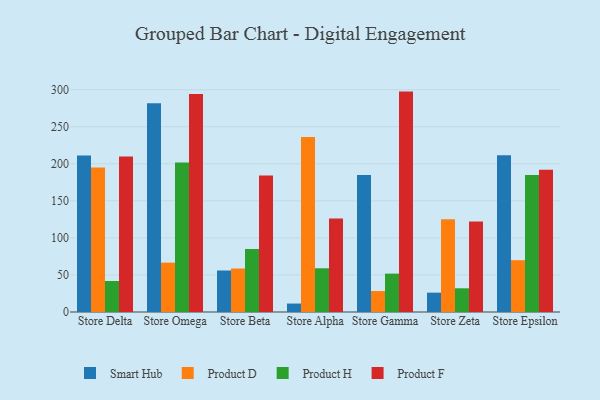
{"axis": {"x": "Store", "y": "Headcount"}, "legend": ["Product D", "Product F", "Product H", "Smart Hub"], "data": [{"x": "Store Delta", "y": 211.3, "type": "Smart Hub"}, {"x": "Store Delta", "y": 194.9, "type": "Product D"}, {"x": "Store Delta", "y": 41.8, "type": "Product H"}, {"x": "Store Delta", "y": 209.8, "type": "Product F"}, {"x": "Store Omega", "y": 281.6, "type": "Smart Hub"}, {"x": "Store Omega", "y": 66.6, "type": "Product D"}, {"x": "Store Omega", "y": 201.7, "type": "Product H"}, {"x": "Store Omega", "y": 294.2, "type": "Product F"}, {"x": "Store Beta", "y": 56.0, "type": "Smart Hub"}, {"x": "Store Beta", "y": 58.7, "type": "Product D"}, {"x": "Store Beta", "y": 85.0, "type": "Product H"}, {"x": "Store Beta", "y": 184.1, "type": "Product F"}, {"x": "Store Alpha", "y": 11.4, "type": "Smart Hub"}, {"x": "Store Alpha", "y": 236.2, "type": "Product D"}, {"x": "Store Alpha", "y": 59.0, "type": "Product H"}, {"x": "Store Alpha", "y": 126.3, "type": "Product F"}, {"x": "Store Gamma", "y": 184.9, "type": "Smart Hub"}, {"x": "Store Gamma", "y": 28.3, "type": "Product D"}, {"x": "Store Gamma", "y": 51.8, "type": "Product H"}, {"x": "Store Gamma", "y": 297.4, "type": "Product F"}, {"x": "Store Zeta", "y": 26.1, "type": "Smart Hub"}, {"x": "Store Zeta", "y": 125.2, "type": "Product D"}, {"x": "Store Zeta", "y": 32.0, "type": "Product H"}, {"x": "Store Zeta", "y": 122.1, "type": "Product F"}, {"x": "Store Epsilon", "y": 211.4, "type": "Smart Hub"}, {"x": "Store Epsilon", "y": 69.9, "type": "Product D"}, {"x": "Store Epsilon", "y": 184.8, "type": "Product H"}, {"x": "Store Epsilon", "y": 192.0, "type": "Product F"}]}